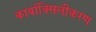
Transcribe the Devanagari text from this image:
कार्बाक्सिलीकरण